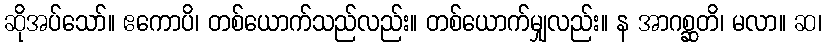
ဆိုအပ်သော်။ ဧကောပိ၊ တစ်ယောက်သည်လည်း။ တစ်ယောက်မျှလည်း။ န အာဂစ္ဆတိ၊ မလာ။ ဆ၊